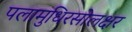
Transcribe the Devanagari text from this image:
पलामुधिरसोलक्षर